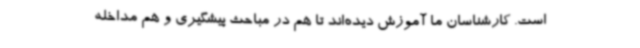
است. کارشناسان ما آموزش دیده‌اند تا هم در مباحث پیشگیری و هم مداخله